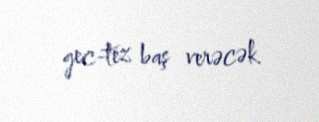
gec-tez baş verəcək.